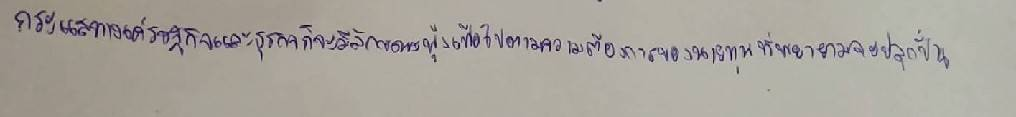
กระแสทางเศรษฐกิจและธุรกิจก็จะมีลักษณะฟุ้งเฟ้อไปตามความต้องการของนายทุนที่พยายามจะปลุกปั่น